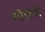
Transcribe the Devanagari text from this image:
मीलेगी